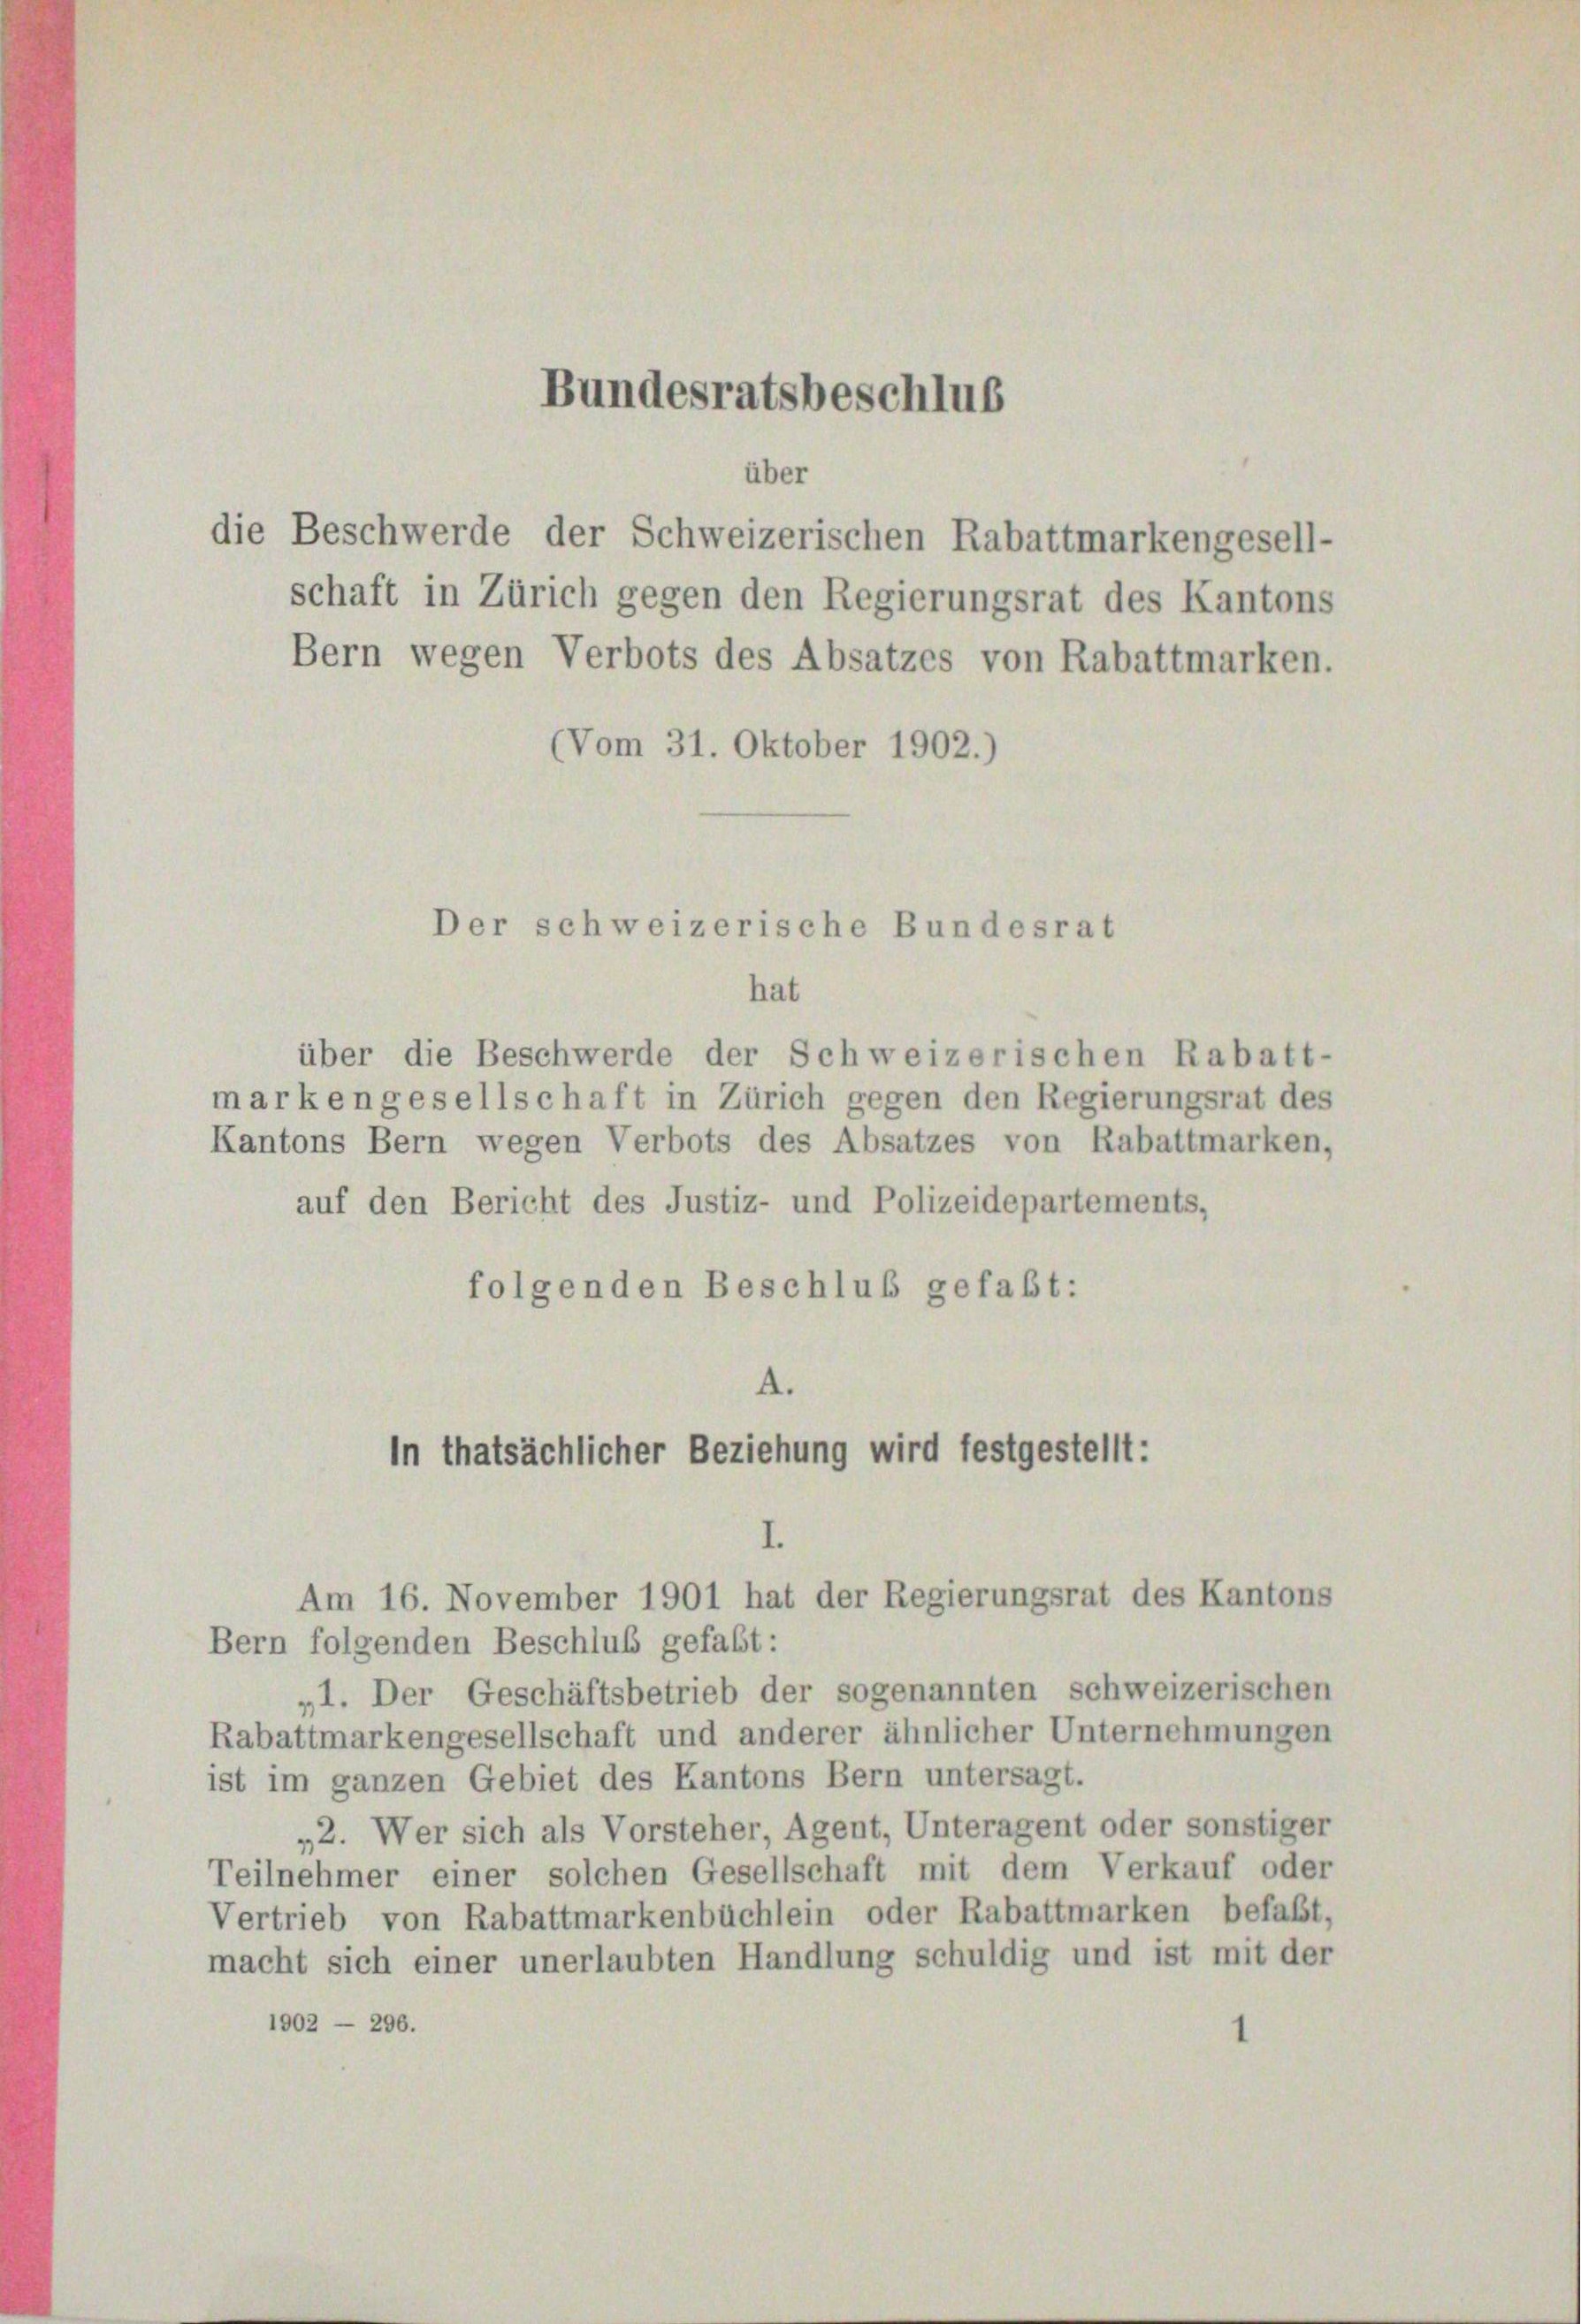
schaft in Zürich gegen den Regierungsrat des Kantons
Bern wegen Verbots des Absatzes von Rabattmarken.
(Vom 31. Oktober 1902.)

Bundesratsbeschluß

über
die Beschwerde der Schweizerischen Rabattmarkengesell-

Der schweizerische Bundesrat

hat
über die Beschwerde der Schweizerischen Rabatt-
marken gesellschaft in Zürich gegen den Regierungsrat des
Kantons Bern wegen Verbots des Absatzes von Rabattmarken,
auf den Bericht des Justiz- und Polizeidepartements,
folgenden Beschluß gefaßt:
A.
In thatsächlicher Beziehung wird festgestellt:

Am 16. November 1901 hat der Regierungsrat des Kantons

Bern folgenden Beschluß gefaßt:
„1. Der Geschäftsbetrieb der sogenannten schweizerischen
Rabattmarkengesellschaft und anderer ähnlicher Unternehmungen
ist im ganzen Gebiet des Kantons Bern untersagt.
„2. Wer sich als Vorsteher, Agent, Unteragent oder sonstiger
Teilnehmer einer solchen Gesellschaft mit dem Verkauf oder
Vertrieb von Rabattmarkenbüchlein oder Rabattmarken befaßt,
macht sich einer unerlaubten Handlung schuldig und ist mit der
1902 — 296.